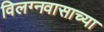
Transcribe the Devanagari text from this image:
विलग्नवासाच्या